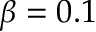
\beta = 0 . 1